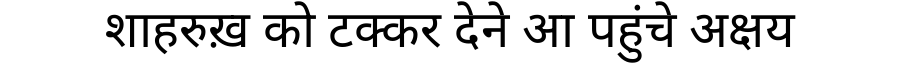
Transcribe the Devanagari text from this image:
शाहरुख़ को टक्कर देने आ पहुंचे अक्षय